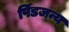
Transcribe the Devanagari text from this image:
पिंडजन्य